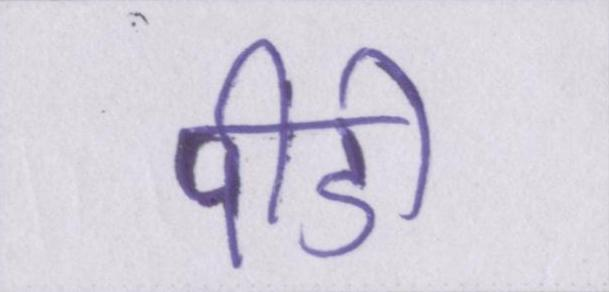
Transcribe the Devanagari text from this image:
पीडी